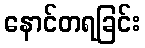
နောင်တရခြင်း